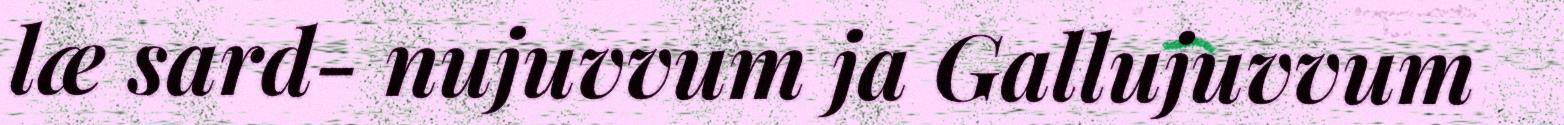
læ sard- nujuvvum ja Gallujuvvum